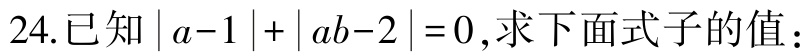
$24.已知\vert a - 1\vert+\vert ab - 2\vert = 0,求下面式子的值:$